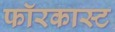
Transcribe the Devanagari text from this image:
फॉरकास्ट